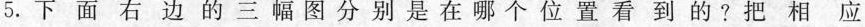
5.下面右边的三幅图分别是在哪个位置看到的？把相应